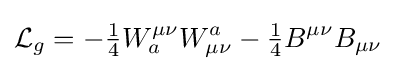
{\mathcal {L}}_{g}=-{\tfrac {1}{4}}W_{a}^{\mu \nu }W_{\mu \nu }^{a}-{\tfrac {1}{4}}B^{\mu \nu }B_{\mu \nu }